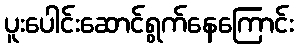
ပူးပေါင်းဆောင်ရွက်နေကြောင်း